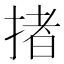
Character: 㨋